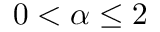
0 < \alpha \le 2